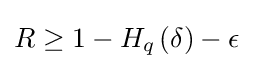
R\geq 1-H_{q}\left(\delta \right)-\epsilon